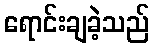
ရောင်းချခဲ့သည်